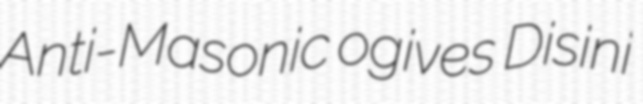
Anti-Masonic ogives Disini